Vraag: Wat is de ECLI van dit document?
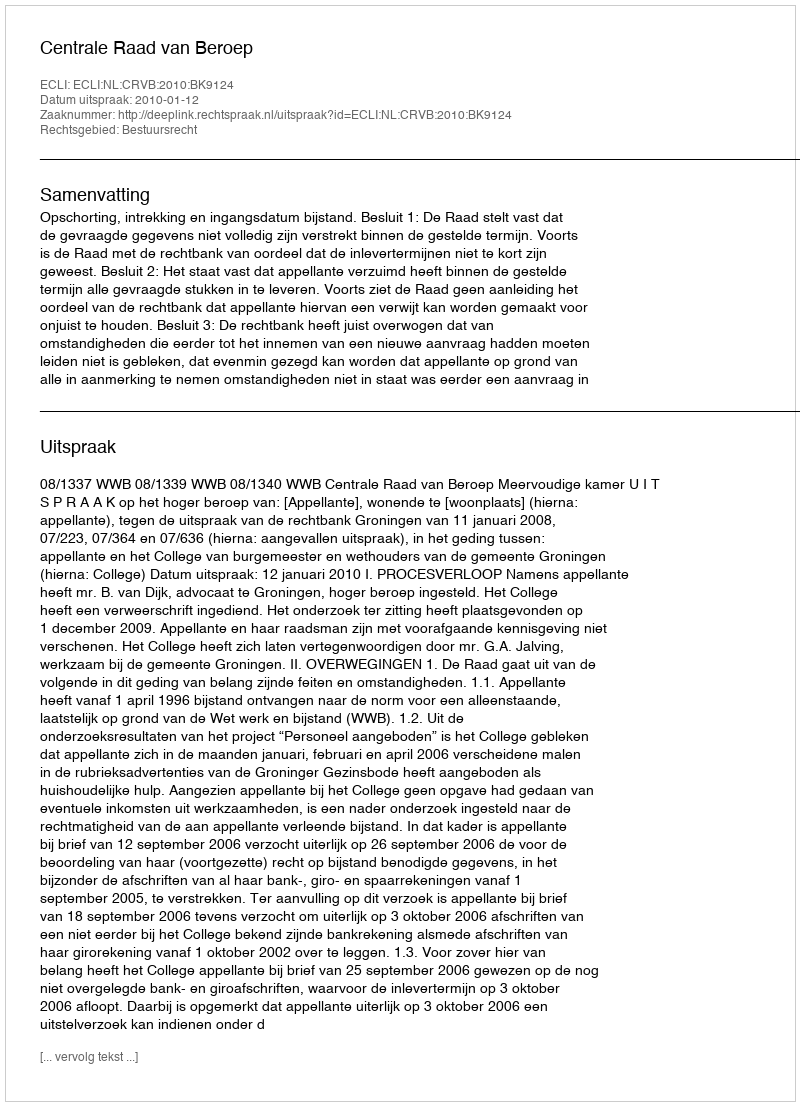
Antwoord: ECLI:NL:CRVB:2010:BK9124